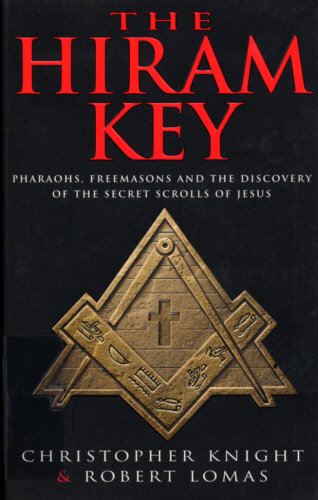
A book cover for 'THE HIRAM KEY: PHAROAHS, FREEMASONS AND THE DISCOVERY OF THE SECRET SCROLLS OF CHRIST'; ROBERT LOMAS' 'CHRISTOPHER KNIGHT; Religion & Spirituality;